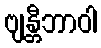
ဗျန္တီဘာဝါ